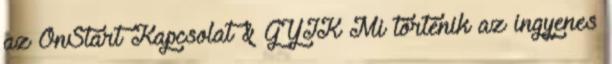
az OnStart Kapcsolat & GYIK Mi történik az ingyenes